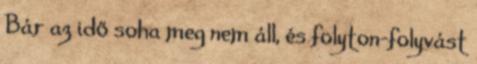
Bár az idő soha meg nem áll, és folyton-folyvást